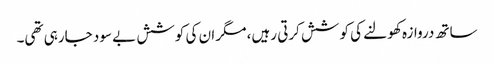
ساتھ دروازہ کھولنے کی کوشش کرتی رہیں، مگر ان کی کوشش بے سود جارہی تھی۔